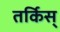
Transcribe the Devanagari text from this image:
तर्किस्